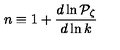
n \equiv 1 + { \frac { d \ln { \cal P } _ { \zeta } } { d \ln k } }